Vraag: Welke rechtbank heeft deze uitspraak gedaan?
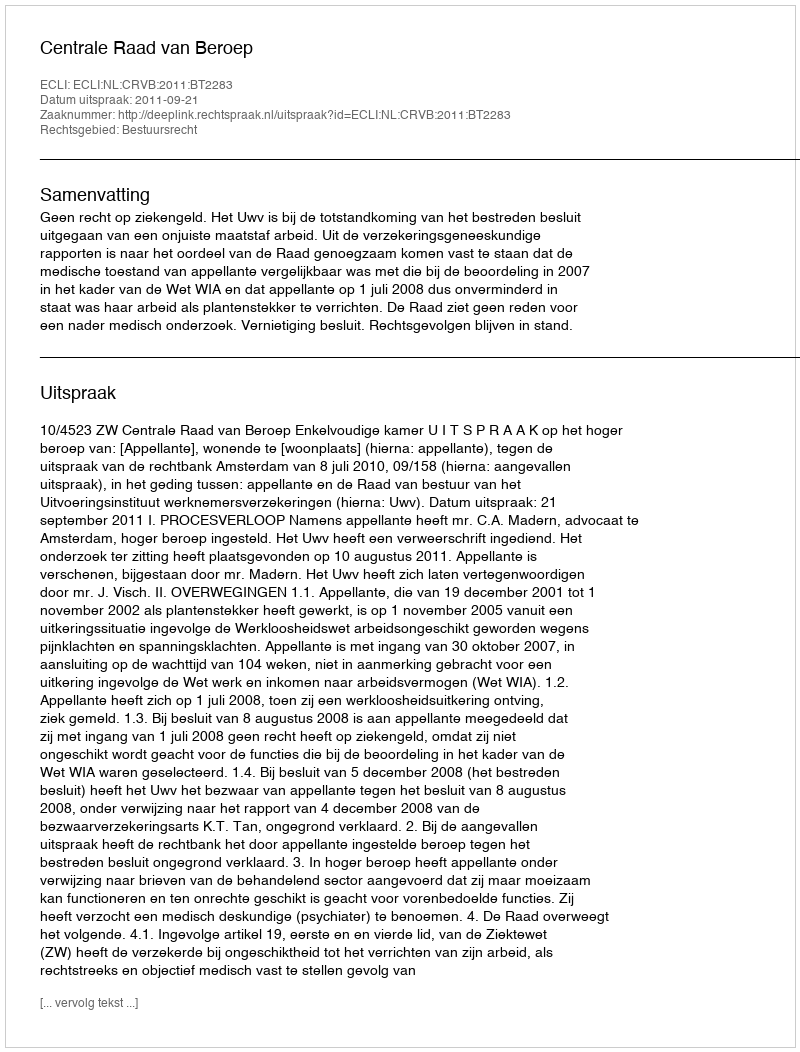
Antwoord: Centrale Raad van Beroep